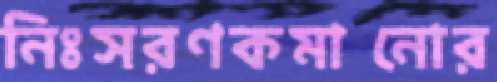
নিঃসরণকমানোর